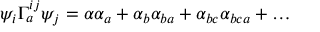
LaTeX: \psi _ { i } \Gamma _ { a } ^ { i j } \psi _ { j } = \alpha \alpha _ { a } + \alpha _ { b } \alpha _ { b a } + \alpha _ { b c } \alpha _ { b c a } + \ldots